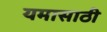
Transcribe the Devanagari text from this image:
यमासाठी